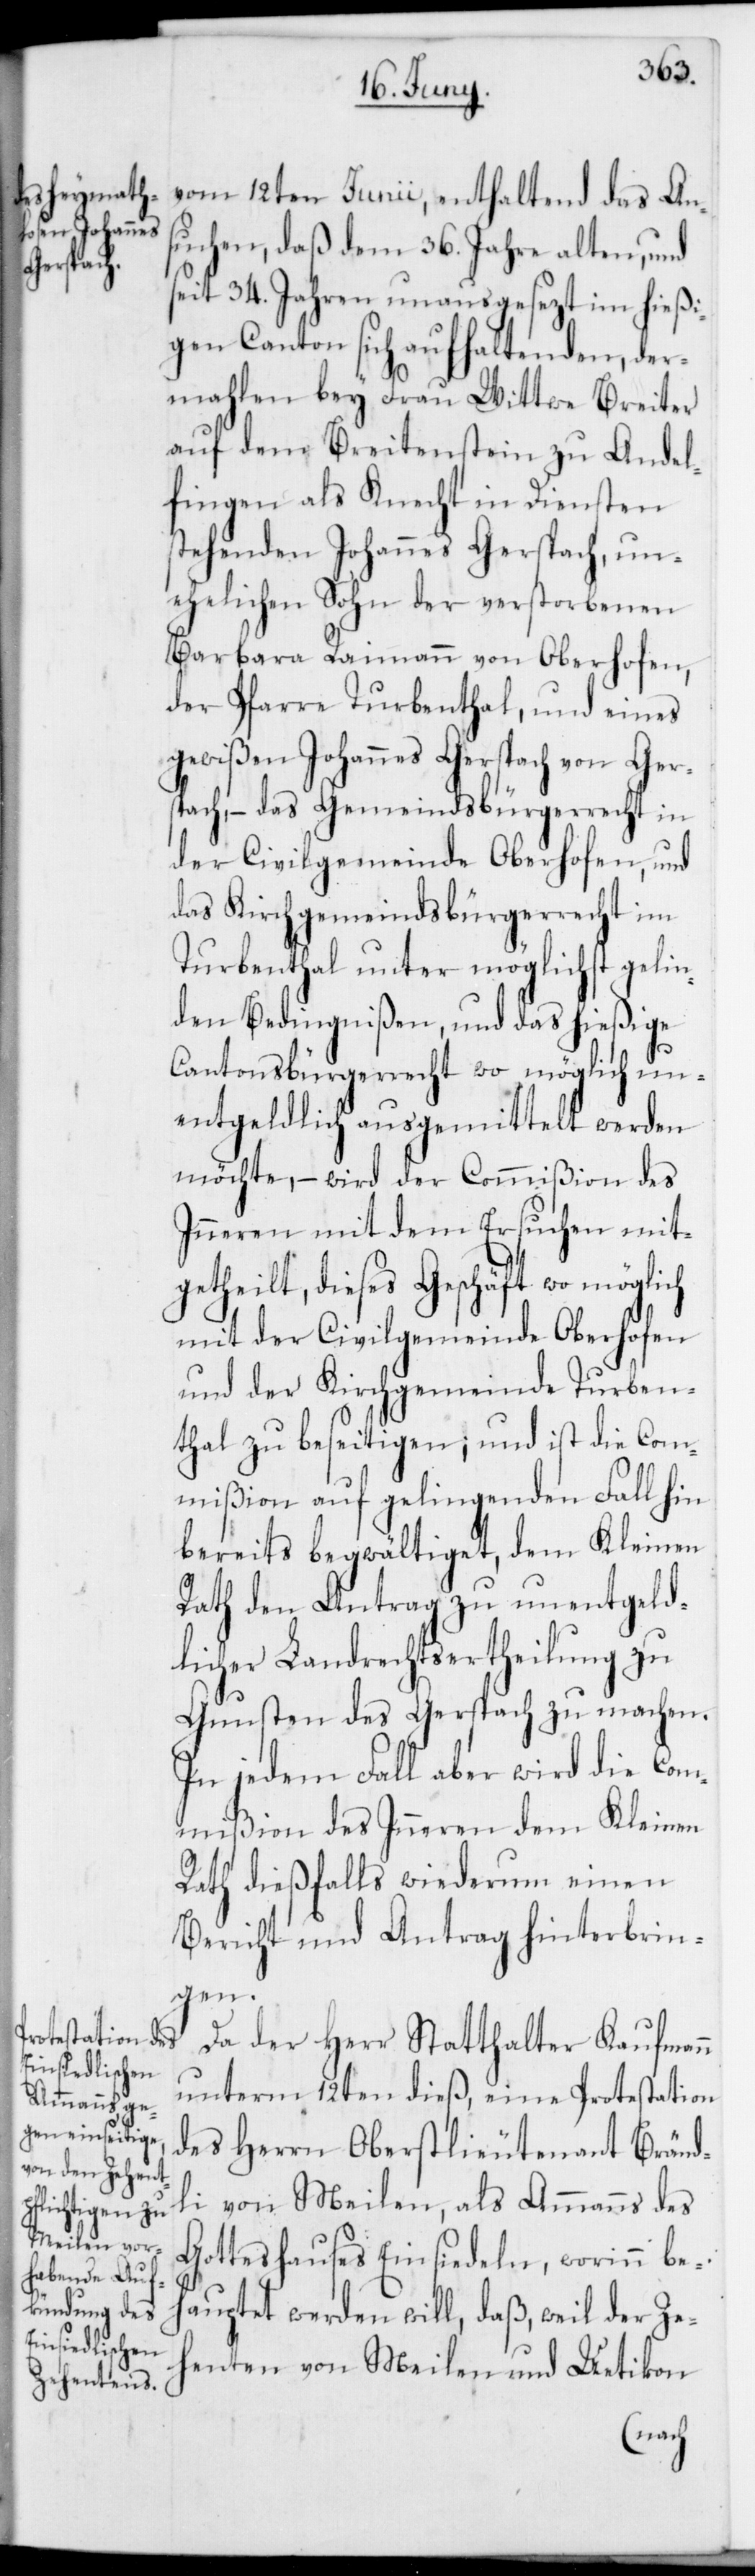
vom 12ten Junii, enthaltend das An¬
suchen, daß dem 36. Jahre alten, und
seit 34. Jahren unausgesezt im hießi¬
gen Canton sich aufhaltenden, der¬
mahlen bey Frau Wittwe Breiter
auf dem Breitenstein zu Andel¬
fingen als Knecht in Diensten
stehenden Johannes Gerspach, un¬
ehelichen Sohn der verstorbenen
Barbara Raimann von Oberhofen,
der Pfarre Turbenthal, und eines
gewißen Johannes Gerspach von Gers¬
pach, – das Gemeindsbürgerrecht in
der Civilgemeinde Oberhofen, und
das Kirchgemeindsbürgerrecht im
Turbenthal unter möglichst gelin¬
den Bedingnißen, und das hießige
Cantonsbürgerrecht wo möglich un¬
entgeldlich ausgemittelt werden
möchte, – wird der Commißion des
Inneren mit dem Ersuchen mit¬
getheilt, dieses Geschäft wo möglich
mit der Civilgemeinde Oberhofen
und der Kirchgemeinde Turben¬
thal zu beseitigen; und ist die Com¬
mißion auf gelingenden Fall hin
bereits begwältiget, dem Kleinen
Rath den Antrag zu unentgeld¬
licher Landrechtsertheilung zu
Gunsten des Gerspach zu machen.
In jedem Fall aber wird die Com¬
mißion des Innern dem Kleinen
Rath dießfalls wiederum einen
Bericht und Antrag hinterbrin¬
gen.
Da der Herr Statthalter Kaufmann
unterm 12ten dieß, eine Protestation
des Herrn Oberstlieutenant Bränd¬
li von Meilen, als Ammanns des
Gotteshauses Einsiedeln, worinn beh¬
auptet werden will, daß, weil der Ze¬
henten von Meilen und Uetikon